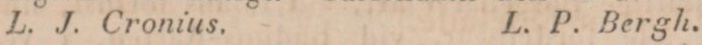
L. J. Cronius.    L. P. Bergh.